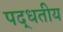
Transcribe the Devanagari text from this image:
पद्धतीय